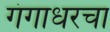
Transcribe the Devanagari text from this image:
गंगाधरचा